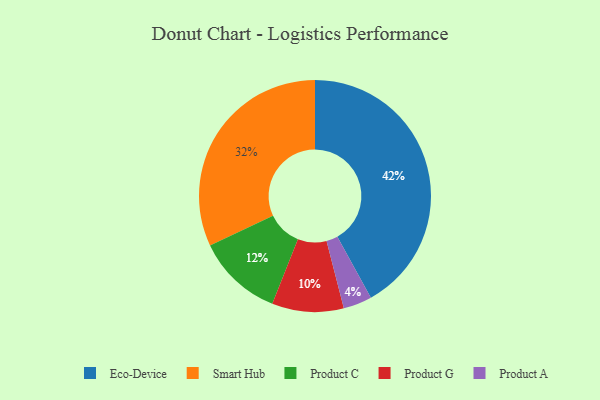
{"axis": {"x": "Category", "y": "Percentage"}, "legend": ["Eco-Device", "Product A", "Product C", "Product G", "Smart Hub"], "data": [{"x": "Eco-Device", "y": 42, "type": "Eco-Device"}, {"x": "Product A", "y": 4, "type": "Product A"}, {"x": "Product C", "y": 12, "type": "Product C"}, {"x": "Product G", "y": 10, "type": "Product G"}, {"x": "Smart Hub", "y": 32, "type": "Smart Hub"}]}